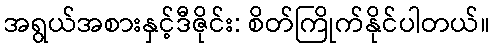
အရွယ်အစားနှင့်ဒီဇိုင်း: စိတ်ကြိုက်နိုင်ပါတယ်။